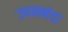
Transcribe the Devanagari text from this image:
उपननंदा